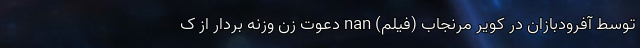
توسط آفرودبازان در کویر مرنجاب (فیلم) nan دعوت زن وزنه بردار از ک